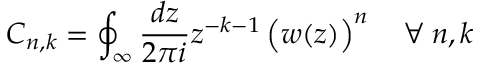
C _ { n , k } = \oint _ { \infty } \frac { d z } { 2 \pi i } z ^ { - k - 1 } \left( \strut w ( z ) \right) ^ { n } \quad \forall \: n , k